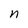
Character: n